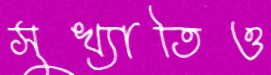
সুখ্যাতিও